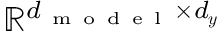
\mathbb { R } ^ { d _ { \mathrm { ~ m ~ o ~ d ~ e ~ l ~ } } \times d _ { \boldsymbol { y } } }